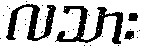
လသား